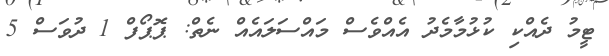
ޓީމު ދެއްކި ކުޅުމާމެދު އެއްވެސް މައްސަލައެއް ނެތް: ޕޮޕޯފް 1 ދުވަސް 5